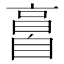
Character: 𦤘